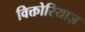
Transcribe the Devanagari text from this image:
विक्तोरियाज़